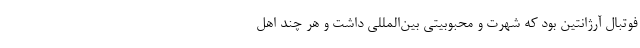
فوتبال آرژانتین بود که شهرت و محبوبیتی بین‌المللی داشت و هر چند اهل